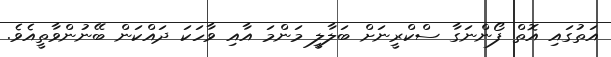
އަތުގައި އޮތް ފޯންނަގާ ސްކްރީނަށް ބަލާލީ މަންމަ އާއި ވާހަކަ ދައްކަން ބޭނުންވާތީއެވެ.